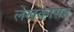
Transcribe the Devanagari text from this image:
लेखकांसह